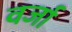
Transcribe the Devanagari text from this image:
वर्जा